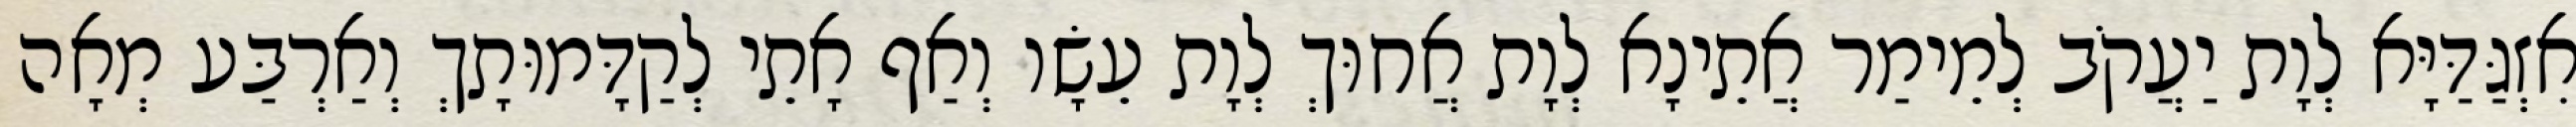
אִזְגַּדַּיָּא לְוָת יַעֲקֹב לְמֵימַר אֲתֵינָא לְוָת אֲחוּךְ לְוָת עֵשָׂו וְאַף אָתֵי לְקַדָּמוּתָךְ וְאַרְבַּע מְאָה